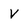
Character: v